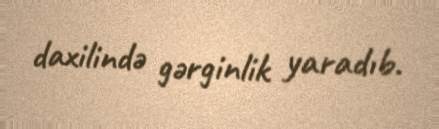
daxilində gərginlik yaradıb.